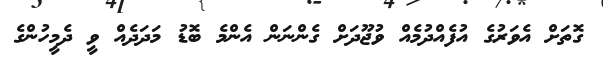
ގޮތަށް އެވަރުގެ އުފެއްދުމެއް ވުޖޫދަށް ގެންނަން އެންމެ ބޮޑު މަދަދެއް ވީ ދެމީހުންގެ